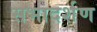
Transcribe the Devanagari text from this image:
सभादर्शण